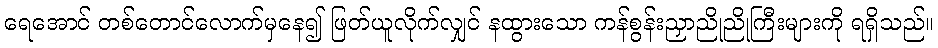
ရေအောင် တစ်တောင်လောက်မှနေ၍ ဖြတ်ယူလိုက်လျှင် နထွားသော ကန်စွန်းညှာညိုညိုကြီးများကို ရရှိသည်။